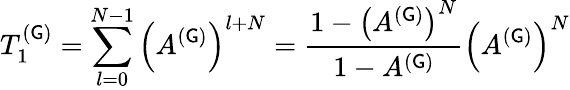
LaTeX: T_{1}^{(\mathsf{G})}=\sum_{l=0}^{N-1}\left(A^{(\mathsf{G})}\right)^{l+N}=\frac{{1-\left(A^{(\mathsf{G})}\right)^{N}}}{{1-A^{(\mathsf{G})}}}\left(A^{(\mathsf{G})}\right)^{N}